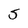
Character: 5